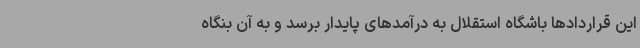
این قراردادها باشگاه استقلال به درآمدهای پایدار برسد و به آن بنگاه